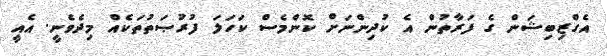
އެގްޒިބިޝަން ގެ ފަރާތުން އެ ކުދިންނަށް ކޮންމެސް ކަހަލަ ފުރުޞަތުތަކެއް މިދެވެނީ. އެއީ